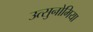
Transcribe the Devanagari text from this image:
उत्सुनोमिया